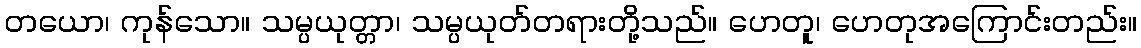
တယော၊ ကုန်သော။ သမ္ပယုတ္တာ၊ သမ္ပယုတ်တရားတို့သည်။ ဟေတူ၊ ဟေတုအကြောင်းတည်း။